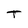
Character: T